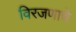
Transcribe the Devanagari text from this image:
विरजणाचे